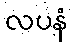
လပနံ